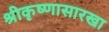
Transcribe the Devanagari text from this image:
श्रीकृष्णासारखा